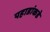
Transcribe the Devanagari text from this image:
पहाडांकडे